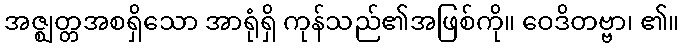
အဇ္ဈတ္တအစရှိသော အာရုံရှိ ကုန်သည်၏အဖြစ်ကို။ ဝေဒိတဗ္ဗာ၊ ၏။